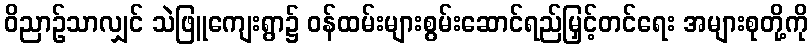
ဝိညာဉ်သာလျှင် သဲဖြူကျေးရွာ၌ ဝန်ထမ်းများစွမ်းဆောင်ရည်မြှင့်တင်ရေး အများစုတို့ကို